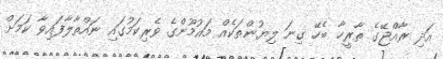
އަދި ރާއްޖޭގެ ތާރީޚާ ބެހޭ ގިނަ ލިޔުންތަކެއް މައުމޫންގެ ވެރިކަމުގައި ނައްތާލާފައިވާ ކަމަށް